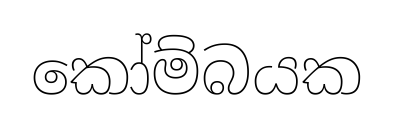
කෝම්බයක